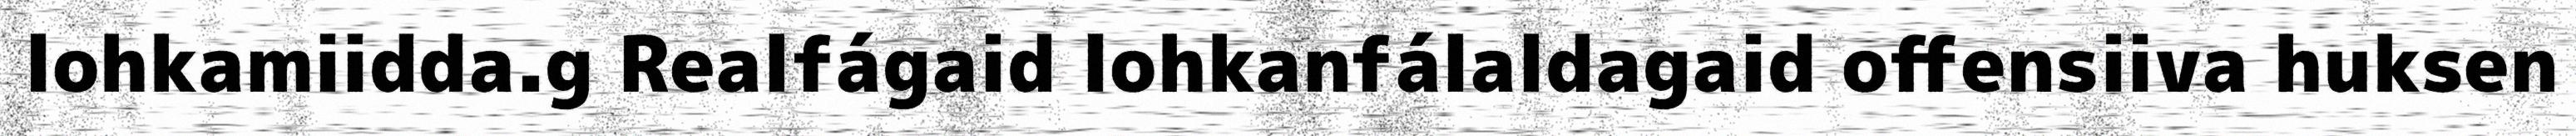
lohkamiidda.g Realfágaid lohkanfálaldagaid offensiiva huksen